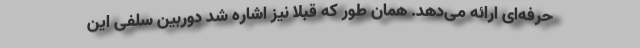
حرفه‌ای ارائه می‌دهد. همان طور که قبلا نیز اشاره شد دوربین سلفی این